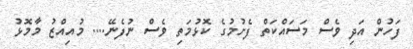
ފަހުން އަދި ވެސް މަސައްކަތް ފެށުމުގެ ކޮޅުމަތި ވެސް ނުފެނޭ.... މުއިއްޒު މާމޮޅު